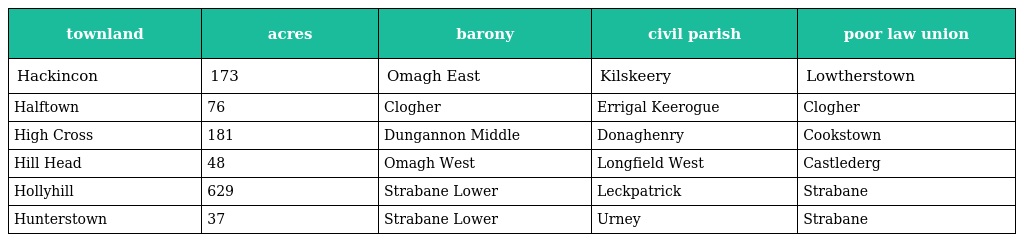
| townland | acres | barony | civil parish | poor law union |
 | --- | --- | --- | --- | --- |
 | Hackincon | 173 | Omagh East | Kilskeery | Lowtherstown |
 | Halftown | 76 | Clogher | Errigal Keerogue | Clogher |
 | High Cross | 181 | Dungannon Middle | Donaghenry | Cookstown |
 | Hill Head | 48 | Omagh West | Longfield West | Castlederg |
 | Hollyhill | 629 | Strabane Lower | Leckpatrick | Strabane |
 | Hunterstown | 37 | Strabane Lower | Urney | Strabane |